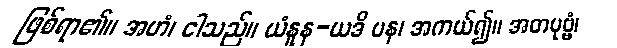
ဖြစ်ရာ၏။ အဟံ၊ ငါသည်။ ယံနူန-ယဒိ ပန၊ အကယ်၍။ အတပုဗ္ဗံ၊